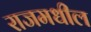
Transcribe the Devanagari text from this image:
राजमधील